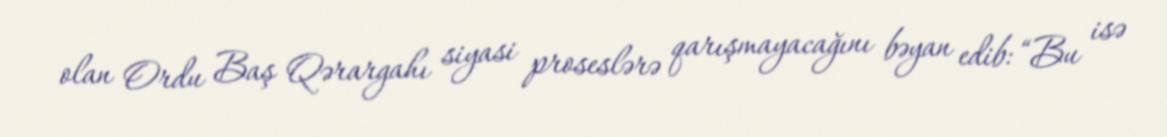
olan Ordu Baş Qərargahı siyasi proseslərə qarışmayacağını bəyan edib: “Bu isə